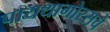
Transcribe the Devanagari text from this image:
पायथागोरसचे